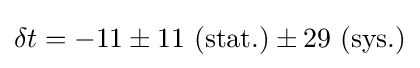
\delta t=-11\pm 11\ (\mathrm {stat.} )\pm 29\ (\mathrm {sys.} )